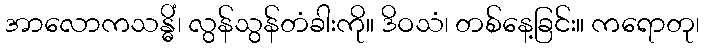
အာလောကသန္ဓိံ၊ လွန်သွန်တံခါးကို။ ဒိဝသံ၊ တစ်နေ့ခြင်း။ ကရောတု၊